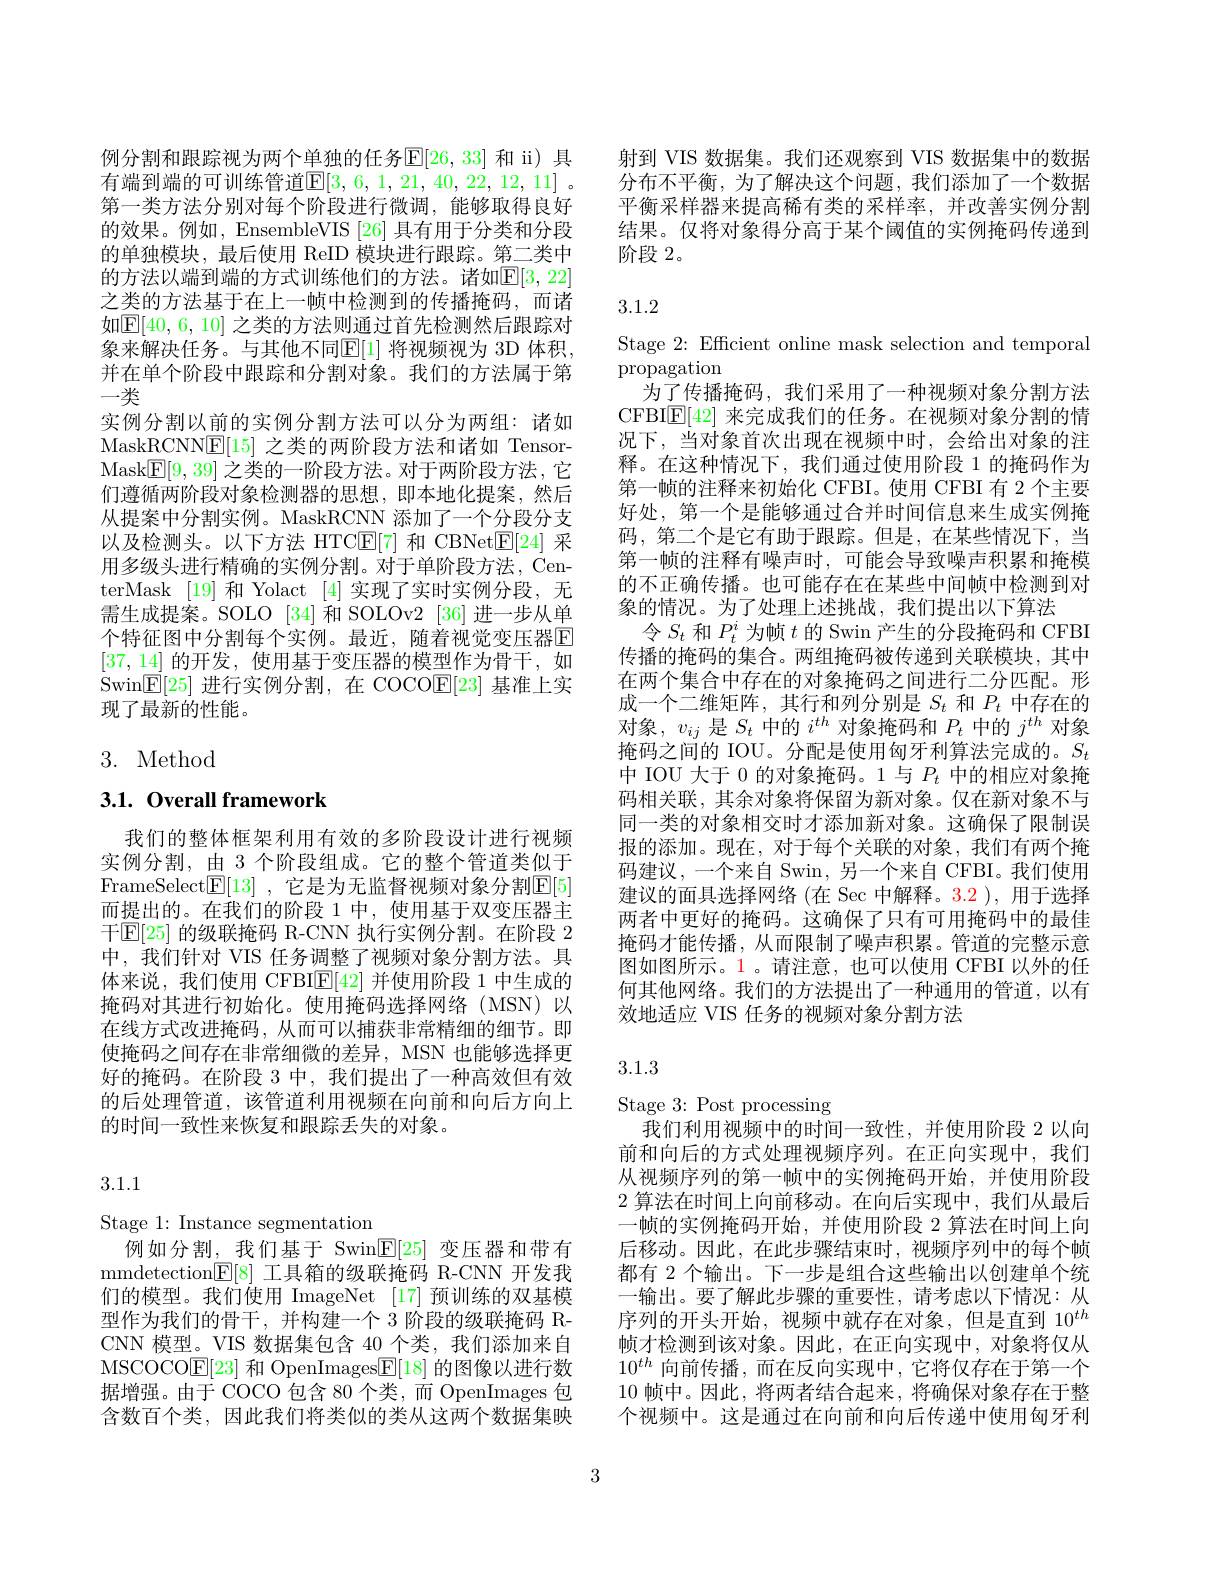
例分割和跟踪视为两个单独的任务$\mathbb{E}[26,33]$ 和 ii) 具有端到端的可训练管道$\mathbb{E}[3,6,1,21,40,22,12,11]$ 。第一类方法分别对每个阶段进行微调，能够取得良好的效果。例如，EnsembleVIS [26] 具有用于分类和分段的单独模块，最后使用 ReID 模块进行跟踪。第二类中的方法以端到端的方式训练他们的方法。诸如$\mathbb{E}[3,22]$ 之类的方法基于在上一帧中检测到的传播掩码，而诸如$\mathbb{E}[40,6,10]$ 之类的方法则通过首先检测然后跟踪对象来解决任务。与其他不同$\mathbb{E}[1]$ 将视频视为 3D 体积， 并在单个阶段中跟踪和分割对象。我们的方法属于第一类
实例分割以前的实例分割方法可以分为两组：诸如MaskRCNN$\mathbb{E}[15]$之类的两阶段方法和诸如 TensorMask[ E[ 9, 39] 之类的一阶段方法。对于两阶段方法，它们遵循两阶段对象检测器的思想，即本地化提案，然后从提案中分割实例。MaskRCNN 添加了一个分段分支以及检测头。以下方法 HTC$\overline {E}$[ 7] 和 CBNet$\overline {E}$[ 24] 采用多级头进行精确的实例分割。对于单阶段方法，CenterMask [19]和 Yolact [4] 实现了实时实例分段，无需生成提案。SOLO [34]和 SOLOv2 [36] 进一步从单个特征图中分割每个实例。最近，随着视觉变压器E [37,14]的开发，使用基于变压器的模型作为骨干，如$\dot{\text{Swin}\mathbb{E}}[25]$进行实例分割，在 COCO$\underline{\mathbb{E}}[23]$基准上实现了最新的性能。

# 3. Method

# 3.1. Overall framework

我们的整体框架利用有效的多阶段设计进行视频实例分割，由 3 个阶段组成。它的整个管道类似于FrameSelect$\mathbb{E}[13]$ ,它是为无监督视频对象分割$\mathbb{E}[5]$ 而提出的。在我们的阶段 1 中，使用基于双变压器主干$\mathbb{E}[25]$ 的级联掩码 R-CNN 执行实例分割。在阶段 2中，我们针对 VIS 任务调整了视频对象分割方法。具体来说，我们使用 CFBI$\mathbb{E}[42]$并使用阶段 1 中生成的掩码对其进行初始化。使用掩码选择网络(MSN)以在线方式改进掩码，从而可以捕获非常精细的细节。即使掩码之间存在非常细微的差异，MSN 也能够选择更好的掩码。在阶段 3 中，我们提出了一种高效但有效的后处理管道，该管道利用视频在向前和向后方向上的时间一致性来恢复和跟踪丢失的对象。

3.1.1

Stage 1: Instance segmentation
例如分割，我们基于 Swin$\mathbb{E}[25]$变压器和带有mmdetection$\underline {\mathbb{E} }[ 8]$工具箱的级联掩码 R-CNN 开发我们的模型。我们使用 ImageNet [17]预训练的双基模型作为我们的骨干，并构建一个 3 阶段的级联掩码 RCNN 模型。VIS 数据集包含 40 个类，我们添加来自MSCOCO$\mathbb{E}[23]$和 OpenImages$\mathbb{E}[18]$的图像以进行数据增强。由于 COCO 包含 80 个类，而 OpenImages 包含数百个类，因此我们将类似的类从这两个数据集映

射到 VIS 数据集。我们还观察到 VIS 数据集中的数据分布不平衡，为了解决这个问题，我们添加了一个数据平衡采样器来提高稀有类的采样率，并改善实例分割结果。仅将对象得分高于某个阈值的实例掩码传递到阶段 2。

# 3.1.2

Stage 2: Efficient online mask selection and temporal
$\operatorname{propagation}$
为了传播掩码，我们采用了一种视频对象分割方法CFBI$\mathbb{E}[42]$来完成我们的任务。在视频对象分割的情况下，当对象首次出现在视频中时，会给出对象的注释。在这种情况下，我们通过使用阶段 1 的掩码作为第一帧的注释来初始化 CFBI。使用 CFBI 有 2 个主要好处，第一个是能够通过合并时间信息来生成实例掩码，第二个是它有助于跟踪。但是，在某些情况下，当第一帧的注释有噪声时，可能会导致噪声积累和掩模的不正确传播。也可能存在在某些中间帧中检测到对象的情况。为了处理上述挑战，我们提出以下算法
令$S_t$和$P_t^i$为帧$t$的 Swin 产生的分段掩码和 CFBI 传播的掩码的集合。两组掩码被传递到关联模块，其中在两个集合中存在的对象掩码之间进行二分匹配。形成一个二维矩阵，其行和列分别是$S_t$和$P_t$中存在的对象，$v_ij$是$S_t$中的$i^th$对象掩码和$P_t$中的$j^th$对象掩码之间的 IOU。分配是使用匈牙利算法完成的。$S_t$ 中 IOU 大于 0 的对象掩码。1 与$P_t$中的相应对象掩码相关联，其余对象将保留为新对象。仅在新对象不与同一类的对象相交时才添加新对象。这确保了限制误报的添加。现在，对于每个关联的对象，我们有两个掩码建议，一个来自 Swin, 另一个来自 CFBI。我们使用建议的面具选择网络 (在 Sec 中解释。3.2 ),用于选择两者中更好的掩码。这确保了只有可用掩码中的最佳掩码才能传播，从而限制了噪声积累。管道的完整示意图如图所示。1。请注意，也可以使用 CFBI 以外的任何其他网络。我们的方法提出了一种通用的管道，以有效地适应 VIS 任务的视频对象分割方法

## 3.1.3

Stage 3: Post processing
我们利用视频中的时间一致性，并使用阶段 2 以向前和向后的方式处理视频序列。在正向实现中，我们从视频序列的第一帧中的实例掩码开始，并使用阶段2 算法在时间上向前移动。在向后实现中，我们从最后一帧的实例掩码开始，并使用阶段 2 算法在时间上向后移动。因此，在此步骤结束时，视频序列中的每个帧都有 2 个输出。下一步是组合这些输出以创建单个统一输出。要了解此步骤的重要性，请考虑以下情况：从序列的开头开始，视频中就存在对象，但是直到$10^{th}$ 帧才检测到该对象。因此，在正向实现中，对象将仅从$10^{th}$向前传播，而在反向实现中，它将仅存在于第一个10帧中。因此，将两者结合起来，将确保对象存在于整个视频中。这是通过在向前和向后传递中使用匈牙利

3